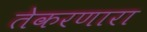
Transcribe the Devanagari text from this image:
तेकरणारा